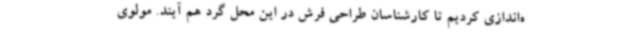
ه‌اندازی کردیم تا کارشناسان طراحی فرش در این محل گرد هم آیند. مولوی